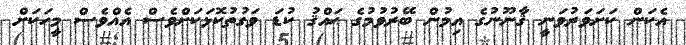
އެކަން ކަށަވަރުވަނީ ޤާނޫނުގެ އިމުން ބޭރުވުމުގެ ޙައްޤު ކުޑަ ވަގުތުކޮޅަކަށްވެސް އެއްވެސް މީހަކަށް